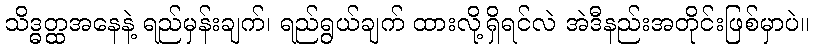
သိဒ္ဓတ္ထအနေနဲ့ ရည်မှန်းချက်၊ ရည်ရွယ်ချက် ထားလို့ရှိရင်လဲ အဲဒီနည်းအတိုင်းဖြစ်မှာပဲ။